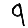
Digit: 9